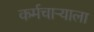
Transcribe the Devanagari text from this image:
कर्मचाऱ्याला